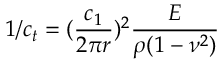
1 / c _ { t } = ( \frac { c _ { 1 } } { 2 \pi r } ) ^ { 2 } \frac { E } { \rho ( 1 - \nu ^ { 2 } ) }